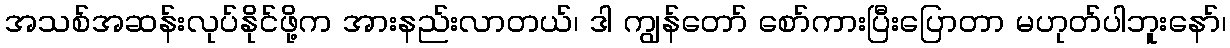
အသစ်အဆန်းလုပ်နိုင်ဖို့က အားနည်းလာတယ်၊ ဒါ ကျွန်တော် စော်ကားပြီးပြောတာ မဟုတ်ပါဘူးနော်၊